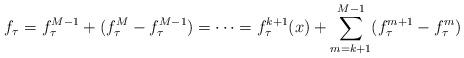
LaTeX: \begin{align*} f_{\tau}=f^{M-1}_{\tau}+(f_{\tau}^M-f^{M-1}_{\tau})=\cdots=f^{k+1}_{\tau}(x)+\sum_{m=k+1}^{M-1}(f^{m+1}_{\tau}-f^{m}_{\tau})\end{align*}